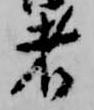
者